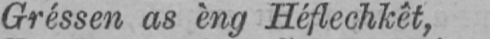
Gréssen as èng Hèflechkêt,